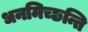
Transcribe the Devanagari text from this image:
धनमिच्छन्ति